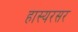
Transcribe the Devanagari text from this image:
हास्यरसर